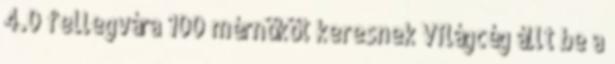
4.0 fellegvára 100 mérnököt keresnek Világcég állt be a